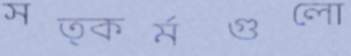
সত্কর্মগুলো